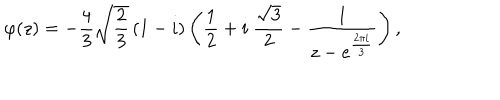
\varphi ( z ) = - \frac { 4 } { 3 } \sqrt { \frac { 2 } { 3 } } \left( 1 - i \right) \left( \frac { 1 } { 2 } + i \ \frac { \sqrt { 3 } } { 2 } - \frac { 1 } { z - e ^ { \frac { 2 \pi i } { 3 } } } \right) ,